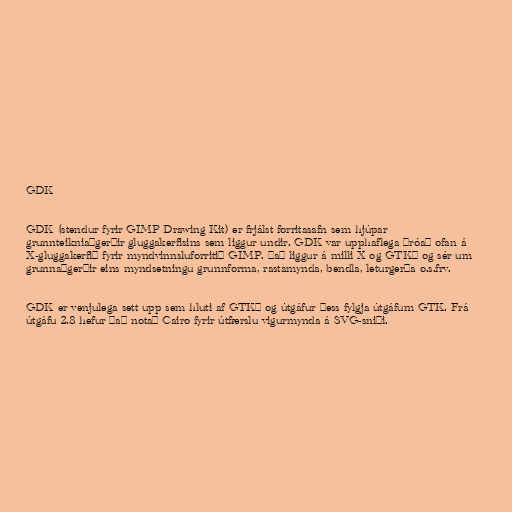
GDK

GDK (stendur fyrir GIMP Drawing Kit) er frjálst forritasafn sem hjúpar
grunnteikniaðgerðir gluggakerfisins sem liggur undir. GDK var upphaflega þróað ofan á
X-gluggakerfið fyrir myndvinnsluforritið GIMP. Það liggur á milli X og GTK+ og sér um
grunnaðgerðir eins myndsetningu grunnforma, rastamynda, bendla, leturgerða o.s.frv.

GDK er venjulega sett upp sem hluti af GTK+ og útgáfur þess fylgja útgáfum GTK. Frá
útgáfu 2.8 hefur það notað Cairo fyrir útfærslu vigurmynda á SVG-sniði.